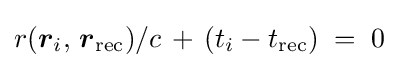
\displaystyle r({\boldsymbol {r}}_{i},\,{\boldsymbol {r}}_{\text{rec}})/c\,+\,(t_{i}-t_{\text{rec}})\;=\;0